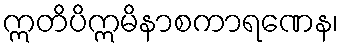
ဣတိပိဣမိနာစကာရဏေန၊